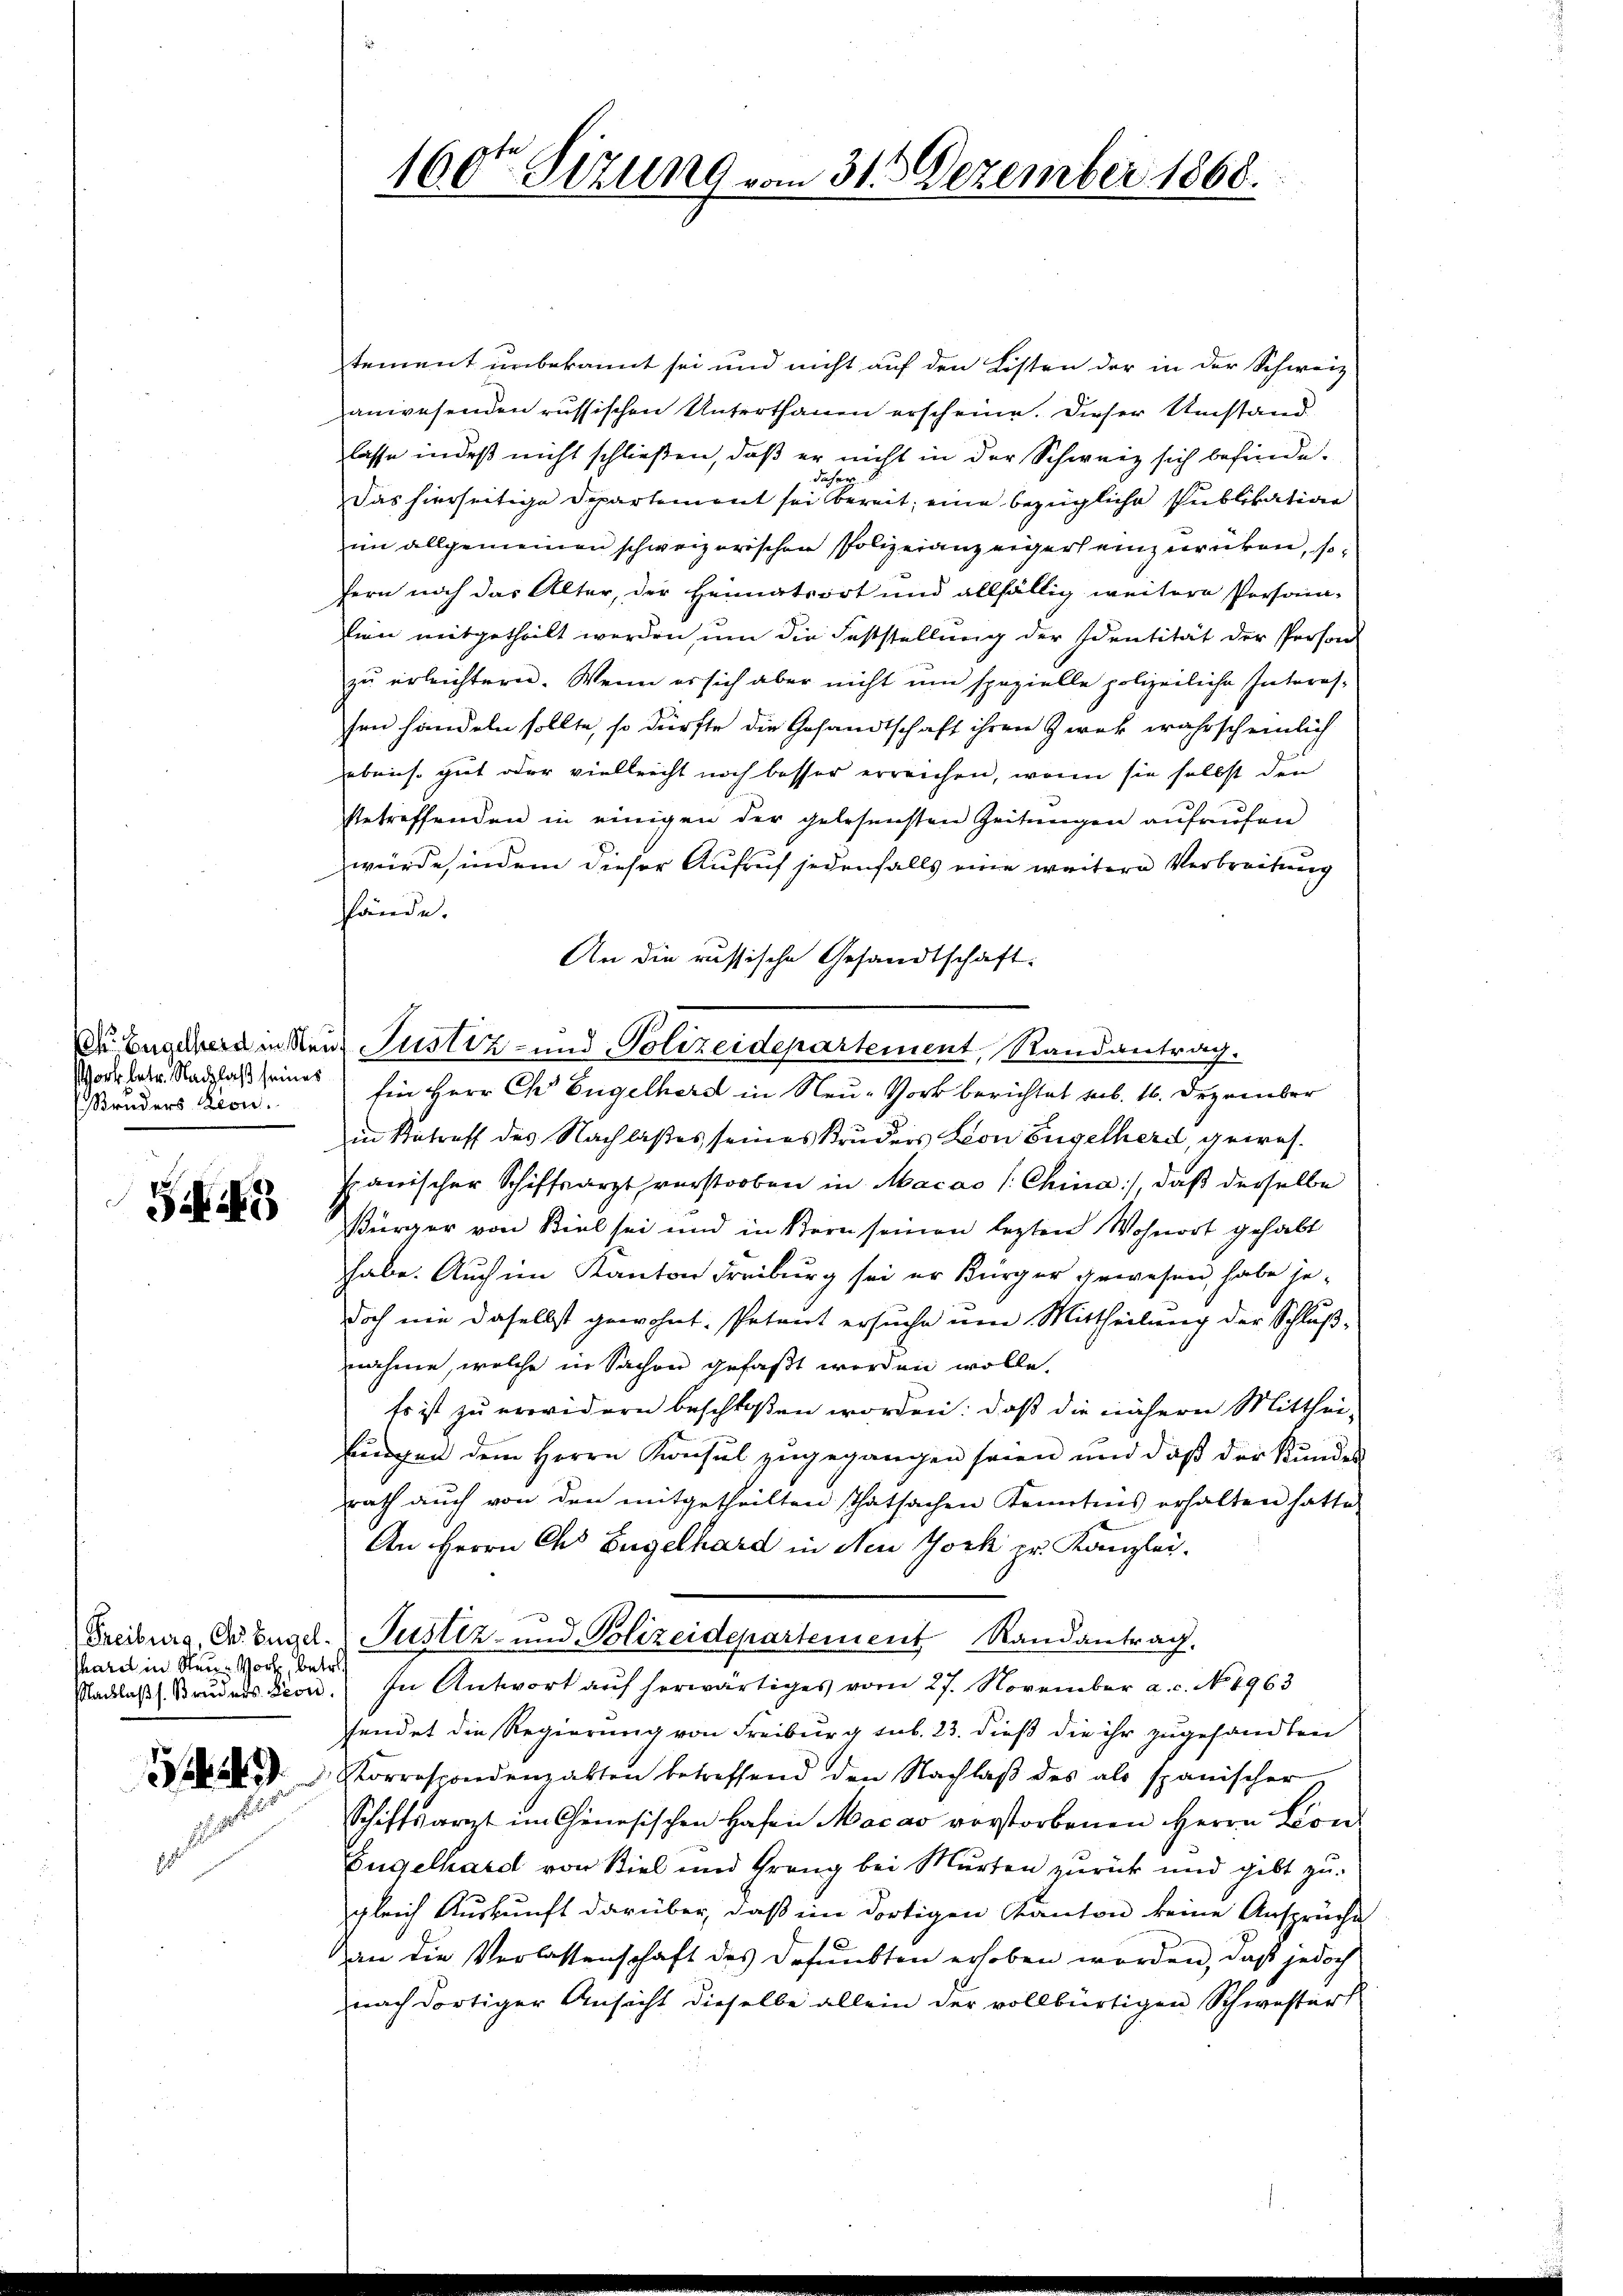
ork betr. Nachlaß seines
Bruders Leon

Schi

Chatel in Neue Wort, betr.

1

tement unbekannt sei und nicht auf den Listen der in der Schweiz
anwesenden russischen Unterthanen erscheine. Dieser Umstand
lasse indeß nicht schließen, daß er nicht in der Schweiz sich befinde.
daher
Das hierseitige Departement sei bereit, eine bezügliche Publikation
im allgemeinen schweizerischen Polizeianzeiger einzurücken, so
fern noch das Alter, der Heimatsort und allfällig weitere Persona-
sien mitgetheilt werden, um die Feststellung der Identität der Person
zu erleichtern. Wenn es sich aber nicht um spezielle polizeiliche Interessen handeln sollte, so dürfte die Gesandtschaft ihren Zwek wahrscheinlich
Lebenso gut oder vielleicht noch besser erreichen, wenn sie selbst den
betreffenden in einigen der gelesensten Zeitŭngen aŭfrŭfen
würde, indem dieser Aufruf jedenfalls eine weitere Verbreitung
fände.
An die russische Gesandtschaft:
de Begebendenten Justiz- und Polizeidepartement, Randantrag.
Ein Herr Ch. Engelhard in Neu-Vork berichtet sub. 16. Dezember
in Betreff des Nachlaßes seines Bruders Leon Engelherd, gewesspanischer Schiffsarzt verstorben in Macao (: China), daß derselbe
Bürger von Biel sei und in Bern seinen lezten Wohnort gehabt
habe. Auch im Kanton Freiburg sei er Bürger gewesen, habe jedoch nie daselbst gewohnt. Petent ersuche um Mittheilung der Schlußnahme, welche in Sachen gefaßt worden wolle.
Es ist zu erwidern beschloßen worden: daß die nähern Mitthei-
bungen dem Herrn Konsul zugegangen seien und daß der Kundes
rath auch von den mitgetheilten Thatsachen Kenntnis erhalten hatte
An Herrn Ch. Engelhard in New York pr. Kanzlei.
Freiburg, C. Engel. Pustiz- und Polizeidepartement Randantrag.
Nachlaβ. Brŭders Dion. In Antwort aŭf herwärtiges vom 27. November a. c. No. 1963
fendet die Regierung von Freiburg sub. 23. dieß die ihr zugesandten
 Korrespondenzabten betreffend den Nachlaβ des als spanischer
Schiftsarzt im Genesischen Hafen Macas vorstorbenen Herrn Lion
Engelhard von Viel und Grang bei Murten zurück und gibt zugleich Auskunft darüber, daß in dortigen Kanton keine Ansprüche
an die Verlassenschaft des defunkten erhoben worden, daß jedoch
nach dortiger Ansicht dieselbe allein der vollbürtigen Schwesters

160ten Sizung vom 31. Dezember 1868.